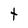
Character: t